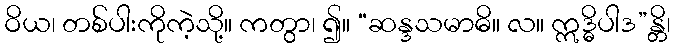
ဝိယ၊ တစ်ပါးကိုကဲ့သို့။ ကတွာ၊ ၍။ “ဆန္ဒသမာဓိ။ လ။ ဣဒ္ဓိပါဒ”န္တိ၊